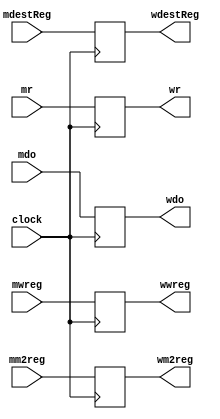
module MEMWB_pipeline_register(
    input mwreg,
    input mm2reg,
    input [4:0] mdestReg,
    input [31:0] mr,
    input [31:0] mdo,
    input clock,
    output reg wwreg,
    output reg wm2reg,
    output reg [4:0] wdestReg,
    output reg [31:0] wr,
    output reg[31:0] wdo
    );
    always @(posedge clock) begin
        wwreg    <= mwreg;
        wm2reg   <= mm2reg;
        wdestReg <= mdestReg;
        wr       <= mr;
        wdo      <= mdo;
    end
    
    
endmodule